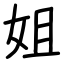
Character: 姐